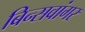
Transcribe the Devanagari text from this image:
बिन्सवांगर